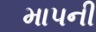
માપની